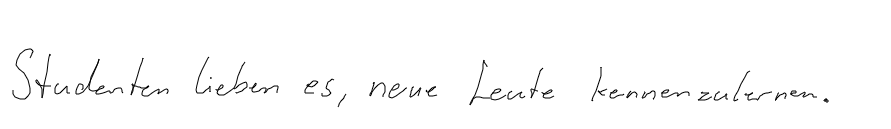
Studenten lieben es neue Leute kennenzulernen.